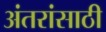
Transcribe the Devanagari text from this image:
अंतरांसाठी